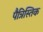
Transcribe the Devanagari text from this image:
पैत्रिस्तिक